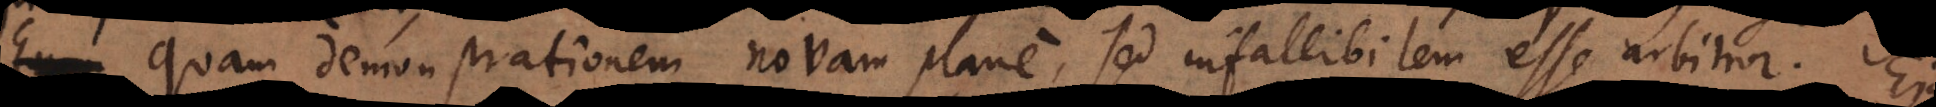
Quam demonstrationem novam plane, sed infallibilem esse arbitror.